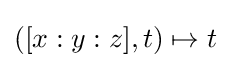
([x:y:z],t)\mapsto t